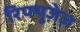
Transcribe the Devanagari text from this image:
रिफ्यूज़ेज़